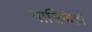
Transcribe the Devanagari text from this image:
नासिकेतो